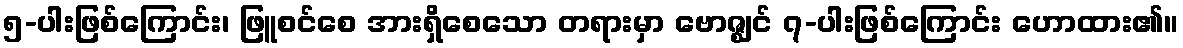
၅-ပါးဖြစ်ကြောင်း၊ ဖြူစင်စေ အားရှိစေသော တရားမှာ ဗောဇ္ဈင် ၇-ပါးဖြစ်ကြောင်း ဟောထား၏။